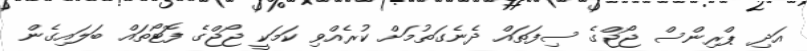
އަދި ޕްރިންސް ޖޯޖްގެ ސިފަތައް ދެނެގަތުމަށް ކުރެއްވި ކަމަކީ ޖޯޖްގެ ފޮޓޯތައް ބަލައިގެން